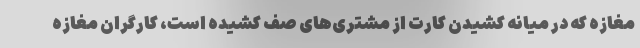
مغازه که در میانه کشیدن کارت از مشتری‌های صف کشیده است، کارگران مغازه